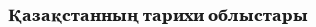
Қазақстанның тарихи облыстары